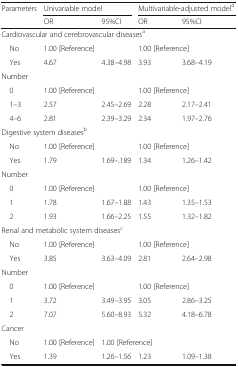
<table><thead><tr><td rowspan="2"><b>Parameters</b></td><td colspan="2"><b>Univariable model</b></td><td colspan="2"><b>Multivariable-adjusted model<sup>d</sup></b></td></tr><tr><td><b>OR</b></td><td><b>95%CI</b></td><td><b>OR</b></td><td><b>95%CI</b></td></tr></thead><tbody><tr><td colspan="5">Cardiovascular and cerebrovascular diseases<sup>a</sup></td></tr><tr><td> No</td><td colspan="2">1.00 [Reference]</td><td colspan="2">1.00 [Reference]</td></tr><tr><td> Yes</td><td>4.67</td><td>4.38–4.98</td><td>3.93</td><td>3.68–4.19</td></tr><tr><td colspan="5">Number</td></tr><tr><td> 0</td><td colspan="2">1.00 [Reference]</td><td colspan="2">1.00 [Reference]</td></tr><tr><td> 1–3</td><td>2.57</td><td>2.45–2.69</td><td>2.28</td><td>2.17–2.41</td></tr><tr><td> 4–6</td><td>2.81</td><td>2.39–3.29</td><td>2.34</td><td>1.97–2.76</td></tr><tr><td colspan="5">Digestive system diseases<sup>b</sup></td></tr><tr><td> No</td><td colspan="2">1.00 [Reference]</td><td colspan="2">1.00 [Reference]</td></tr><tr><td> Yes</td><td>1.79</td><td>1.69–.189</td><td>1.34</td><td>1.26–1.42</td></tr><tr><td colspan="5">Number</td></tr><tr><td> 0</td><td colspan="2">1.00 [Reference]</td><td colspan="2">1.00 [Reference]</td></tr><tr><td> 1</td><td>1.78</td><td>1.67–1.88</td><td>1.43</td><td>1.35–1.53</td></tr><tr><td> 2</td><td>1.93</td><td>1.66–2.25</td><td>1.55</td><td>1.32–1.82</td></tr><tr><td colspan="5">Renal and metabolic system diseases<sup>c</sup></td></tr><tr><td> No</td><td colspan="2">1.00 [Reference]</td><td colspan="2">1.00 [Reference]</td></tr><tr><td> Yes</td><td>3.85</td><td>3.63–4.09</td><td>2.81</td><td>2.64–2.98</td></tr><tr><td colspan="5">Number</td></tr><tr><td> 0</td><td colspan="2">1.00 [Reference]</td><td colspan="2">1.00 [Reference]</td></tr><tr><td> 1</td><td>3.72</td><td>3.49–3.95</td><td>3.05</td><td>2.86–3.25</td></tr><tr><td> 2</td><td>7.07</td><td>5.60–8.93</td><td>5.32</td><td>4.18–6.78</td></tr><tr><td colspan="5">Cancer</td></tr><tr><td> No</td><td>1.00 [Reference]</td><td colspan="3">1.00 [Reference]</td></tr><tr><td> Yes</td><td>1.39</td><td>1.26–1.56</td><td>1.23</td><td>1.09–1.38</td></tr></tbody></table>